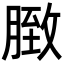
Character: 𦟔